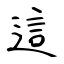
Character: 這